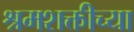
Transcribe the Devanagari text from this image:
श्रमशक्तीच्या